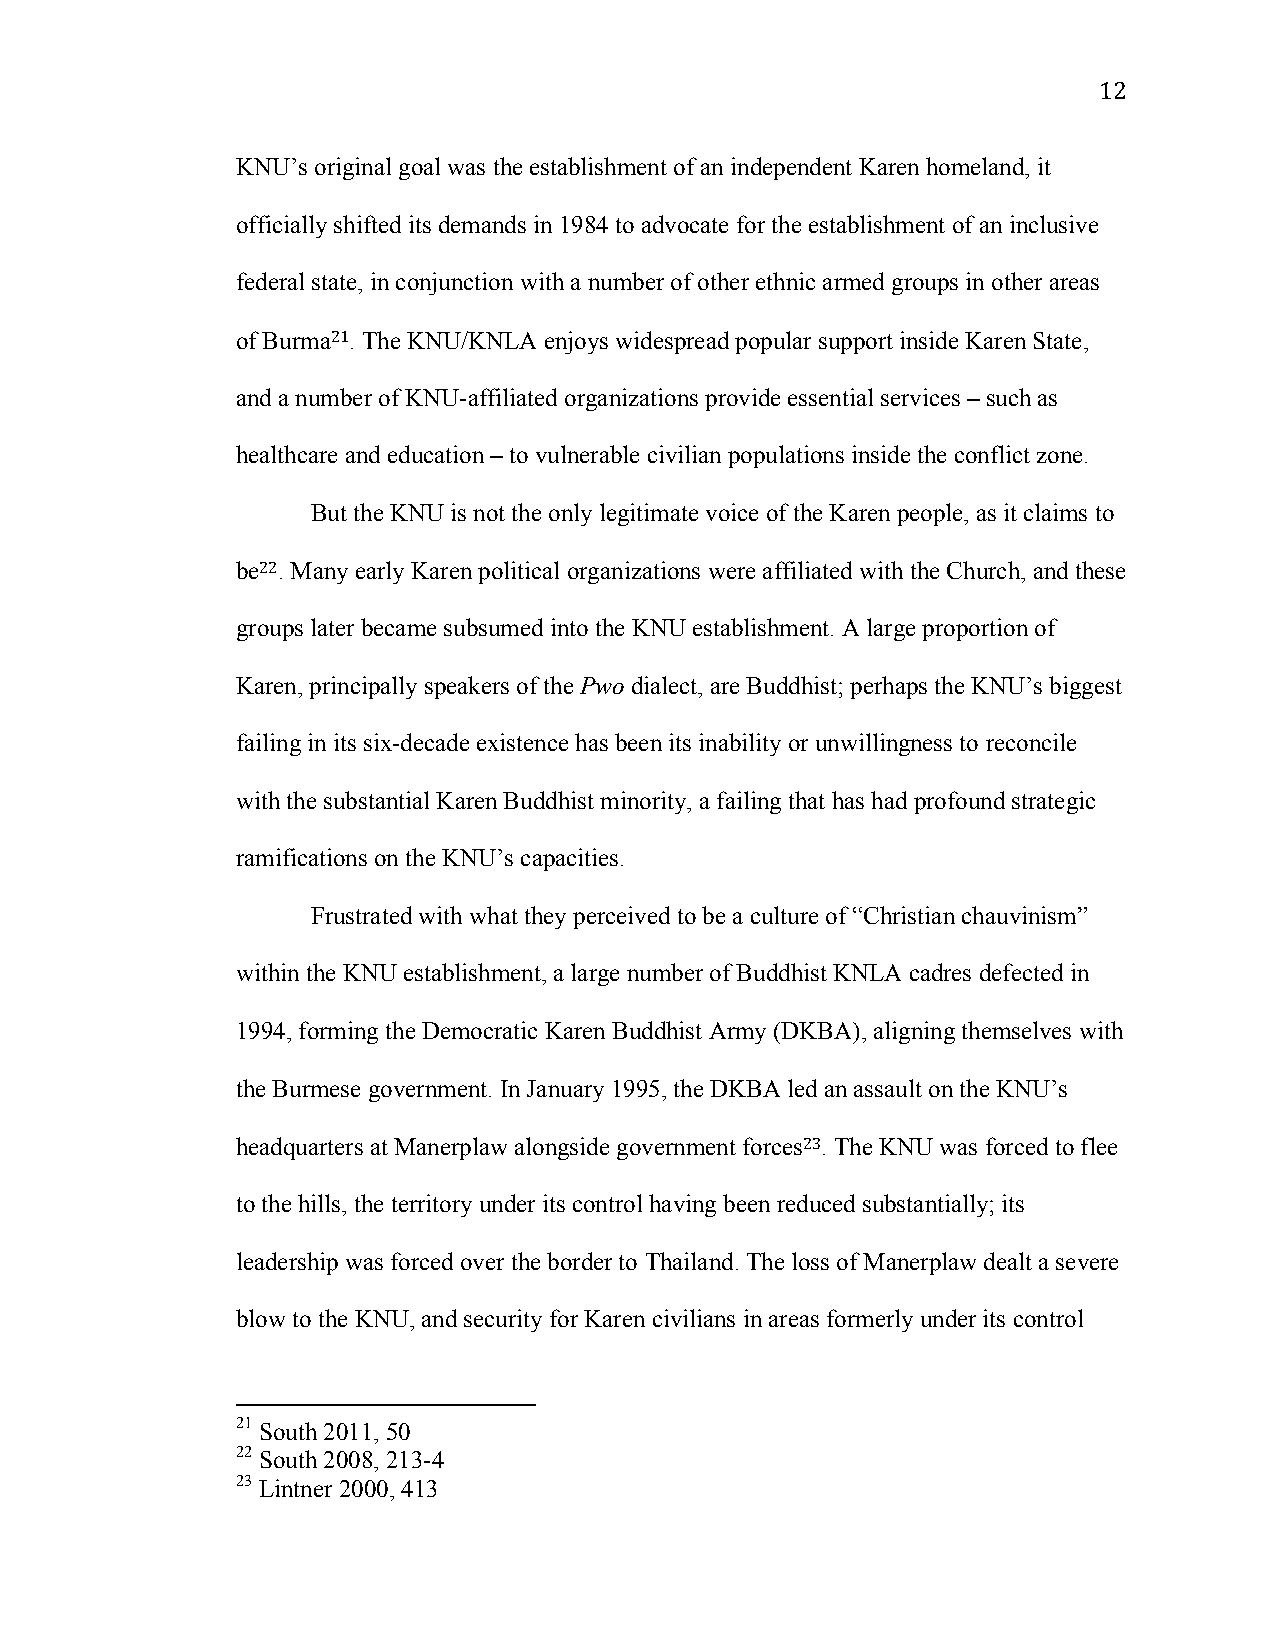
12
 KNU’s original goal was the establishment of an independent Karen homeland, it
 officially shifted its demands in 1984 to advocate for the establishment of an inclusive
 federal state, in conjunction with a number of other ethnic armed groups in other areas
 of Burma21. The KNU/KNLA enjoys widespread popular support inside Karen State,
 and a number of KNU-affiliated organizations provide essential services – such as
 healthcare and education – to vulnerable civilian populations inside the conflict zone.
 But the KNU is not the only legitimate voice of the Karen people, as it claims to
 be22. Many early Karen political organizations were affiliated with the Church, and these
 groups later became subsumed into the KNU establishment. A large proportion of
 Karen, principally speakers of the Pwo dialect, are Buddhist; perhaps the KNU’s biggest
 failing in its six-decade existence has been its inability or unwillingness to reconcile
 with the substantial Karen Buddhist minority, a failing that has had profound strategic
 ramifications on the KNU’s capacities.
 Frustrated with what they perceived to be a culture of “Christian chauvinism”
 within the KNU establishment, a large number of Buddhist KNLA cadres defected in
 1994, forming the Democratic Karen Buddhist Army (DKBA), aligning themselves with
 the Burmese government. In January 1995, the DKBA led an assault on the KNU’s
 headquarters at Manerplaw alongside government forces23. The KNU was forced to flee
 to the hills, the territory under its control having been reduced substantially; its
 leadership was forced over the border to Thailand. The loss of Manerplaw dealt a severe
 blow to the KNU, and security for Karen civilians in areas formerly under its control
 21 South 2011, 50
 22 South 2008, 213-4
 23 Lintner 2000, 413